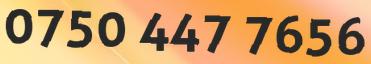
0750 447 7656